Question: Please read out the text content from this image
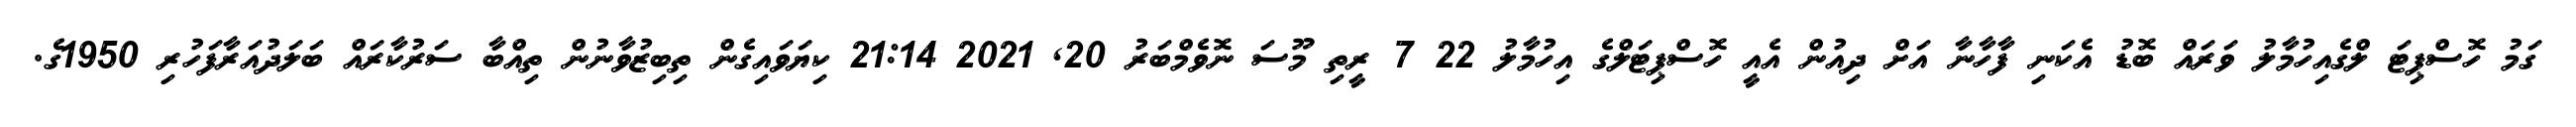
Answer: ގަމު ހޮސްޕިޓަ ލްގެއިހުމާލު ވަރައް ބޮޑު އެކަނި ފާހާނާ އަށް ދިއުން އެއީ ހޮސްޕިޓަލްގެ އިހުމާލު 22 7 ރީތި މޫސަ ނޮވެމްބަރު 20, 2021 21:14 ކިޔަވައިގެން ތިބިޒުވާނުން ތިއްބާ ސަރުކާރައް ބަލަދުއަރާފަހުރި 1950ގެ.